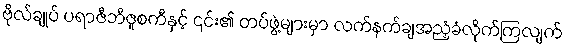
ဗိုလ်ချုပ် ပရာဇီဘီဇူစကီနှင့် ၎င်း၏ တပ်ဖွဲ့များမှာ လက်နက်ချအညံ့ခံလိုက်ကြလျက်